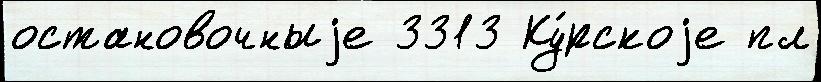
остановочныjе 3313 Ку́рскоjе пл